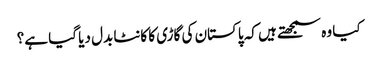
کیا وہ سمجھتے ہیں کہ پاکستان کی گاڑی کا کانٹا بدل دیا گیا ہے؟